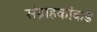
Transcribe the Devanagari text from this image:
संग्राहकांकडे